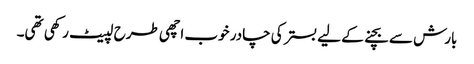
بارش سے بچنے کے لیے بستر کی چادر خوب اچھی طرح لپیٹ رکھی تھی۔